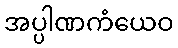
အပ္ပါဏကံယေဝ